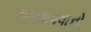
મમળાવવાનો